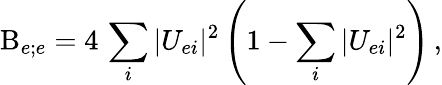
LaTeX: \mathrm{B}_{e;e}=4\, \sum_{i}|U_{ei}|^{2}\left(1-\sum_{i}|U_{ei}|^{2}\right)\, ,